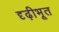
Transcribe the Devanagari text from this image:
दृढ़ीभूत